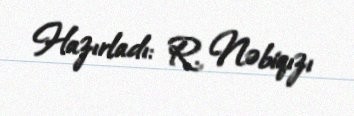
Hazırladı: R. Nəbiqızı